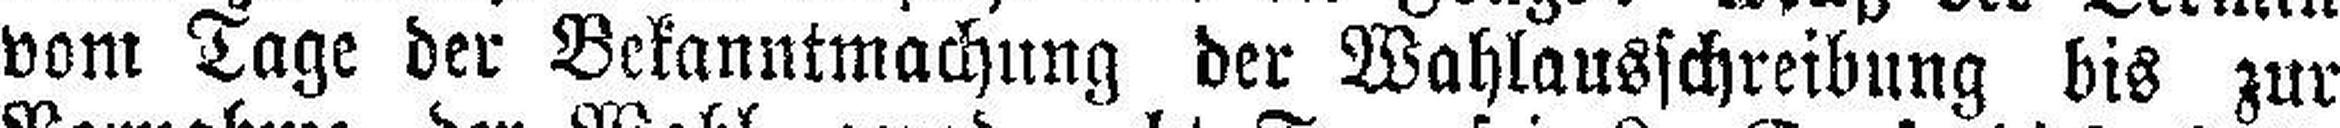
vom Tage der Bekanntmachung der Wahlausschreibung bis zur